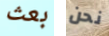
بعث نحن